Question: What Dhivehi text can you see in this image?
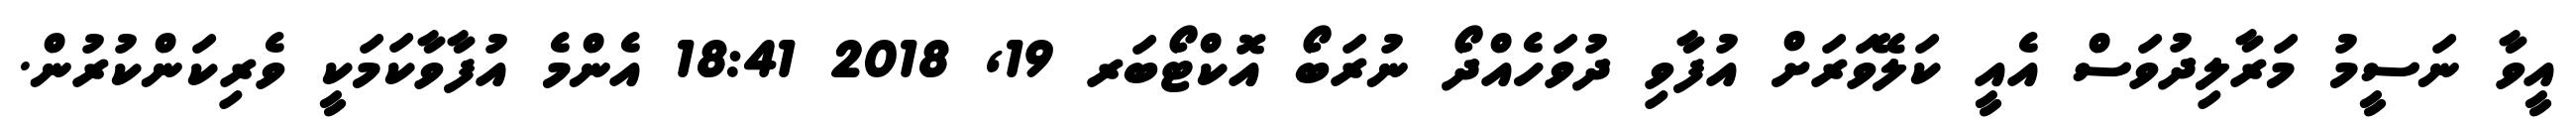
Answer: އީވާ ނަސީމު މަރާލިދުވަސް އެއީ ކަލޭވަރަށް އުފާވި ދުވަހެއްދޯ ނުރަބޯ އޮކްޓޯބަރ 19, 2018 18:41 އެންމެ އުފާވާކަމަކީ ވެރިކަންކުރުން.